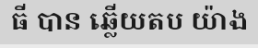
ធី បាន ឆ្លើយតប យ៉ាង